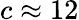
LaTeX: c\approx 12